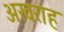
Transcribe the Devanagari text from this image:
अखराह